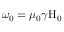
\omega _ { \mathrm { 0 } } = \mu _ { \mathrm { 0 } } \gamma \mathrm { H } _ { \mathrm { 0 } }